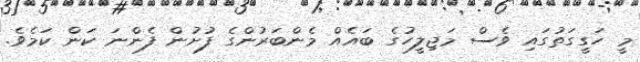
މީ ހަގީގަތުގައި ވެސް މަޖިލީހުގެ ބައެއް މެންބަރުންގެ ފުށުން ފެންނަ ކަން ކަމެވެ.